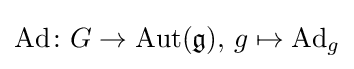
\mathrm {Ad} \colon G\to \mathrm {Aut} ({\mathfrak {g}}),\,g\mapsto \mathrm {Ad} _{g}